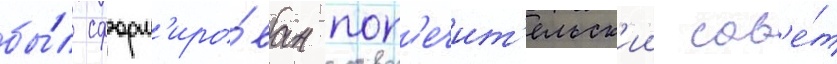
бы́л сформ'иро́ван поп'ечит'ельск'ии сов'е́т